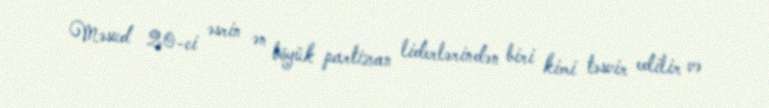
Məsud 20-ci əsrin ən böyük partizan liderlərindən biri kimi təsvir edilir və